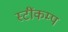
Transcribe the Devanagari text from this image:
स्टींकम्प